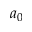
a _ { 0 }